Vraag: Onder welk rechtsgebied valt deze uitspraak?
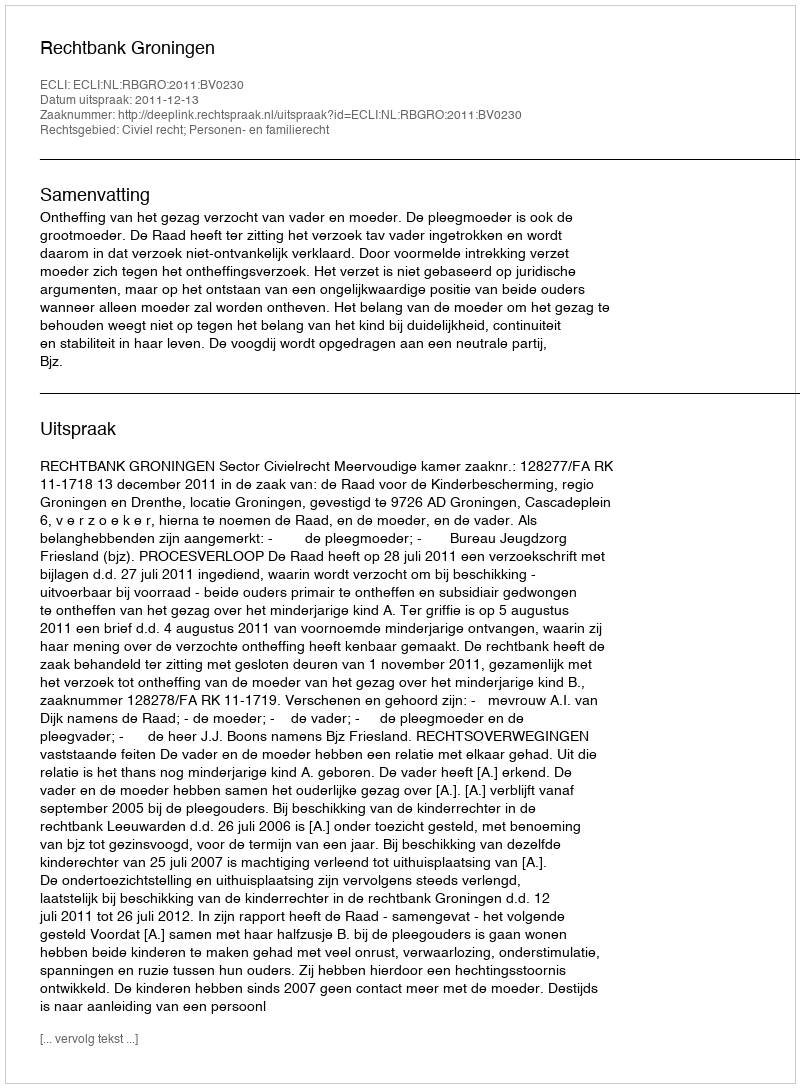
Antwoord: Civiel recht; Personen- en familierecht